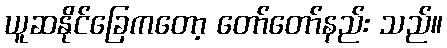
ယူဆနိုင်ခြေကတော့ တော်တော်နည်း သည်။